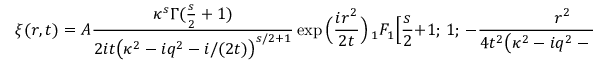
\xi ( r , t ) = A \frac { \kappa ^ { s } \Gamma ( \frac { s } { 2 } + 1 ) } { 2 i t \big ( \kappa ^ { 2 } - i q ^ { 2 } - i / ( 2 t ) \big ) ^ { s / 2 + 1 } } \exp \Big ( \frac { i r ^ { 2 } } { 2 t } \Big ) \, _ { 1 } F _ { 1 } \Big [ \frac { s } { 2 } + 1 ; \, 1 ; \, - \frac { r ^ { 2 } } { 4 t ^ { 2 } \big ( \kappa ^ { 2 } - i q ^ { 2 } - i / ( 2 t ) \big ) } \Big ] ,